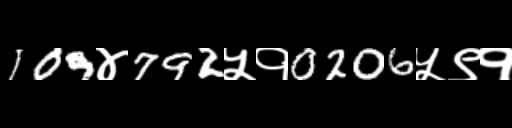
Text: 109४792५१0206५९१